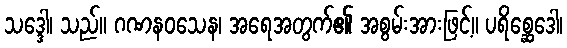
သဒ္ဒေါ၊ သည်။ ဂဏနဝသေန၊ အရေအတွက်၏ အစွမ်းအားဖြင့်။ ပရိစ္ဆေဒေါ၊